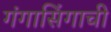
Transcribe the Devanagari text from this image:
गंगासिंगाची